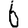
Digit: 6